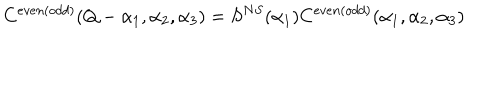
LaTeX: C ^ { e v e n ( o d d ) } ( Q - \alpha _ { 1 } , \alpha _ { 2 } , \alpha _ { 3 } ) = S ^ { N S } ( \alpha _ { 1 } ) C ^ { e v e n ( o d d ) } ( \alpha _ { 1 } , \alpha _ { 2 } , \alpha _ { 3 } )